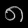
Digit: ၈